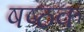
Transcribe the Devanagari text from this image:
षष्ठक